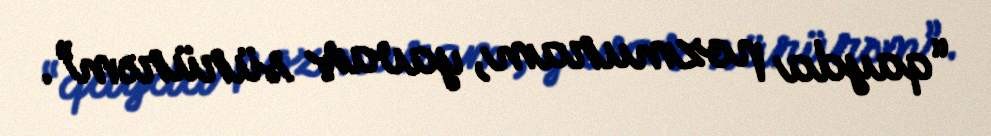
“qayda pozmuram, yavaş sürürəm”.